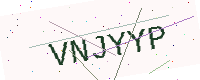
Text: VNJYYP